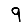
Digit: 9